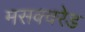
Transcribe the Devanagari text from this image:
मसक्वरेड